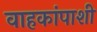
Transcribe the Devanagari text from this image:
वाहकांपाशी